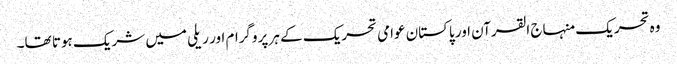
وہ تحریک منہاج القرآن اور پاکستان عوامی تحریک کے ہر پروگرام اور ریلی میں شریک ہوتا تھا۔